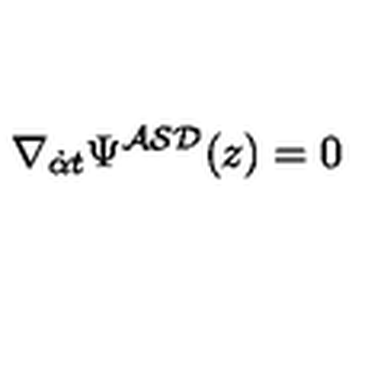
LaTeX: \nabla _ { { \dot { \alpha } } t } \Psi ^ { { \cal A S D } } ( z ) = 0